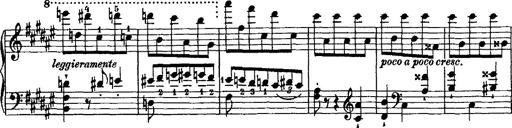
Title: Grande valse di bravura
Composer: Franz Liszt